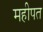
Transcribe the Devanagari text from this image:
महीपत